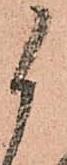
御